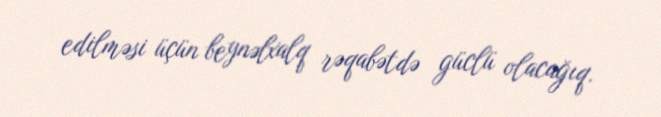
edilməsi üçün beynəlxalq rəqabətdə güclü olacağıq.